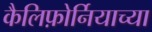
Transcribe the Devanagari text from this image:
कैलिफ़ोर्नियाच्या